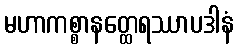
မဟာကစ္စာနတ္ထေရဿာပဒါနံ